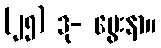
(၂၅) ဒု- ပွေးနာ။